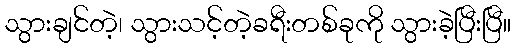
သွားချင်တဲ့၊ သွားသင့်တဲ့ခရီးတစ်ခုကို သွားခဲ့ပြီးပြီ။